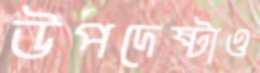
উপদেষ্টাও